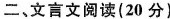
二、文言文阅读(20分)